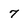
Character: 7